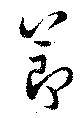
節